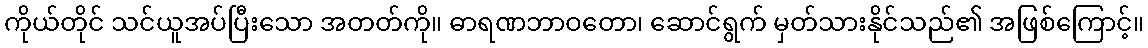
ကိုယ်တိုင် သင်ယူအပ်ပြီးသော အတတ်ကို။ ဓာရဏဘာဝတော၊ ဆောင်ရွက် မှတ်သားနိုင်သည်၏ အဖြစ်ကြောင့်။